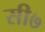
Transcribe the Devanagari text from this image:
सी७